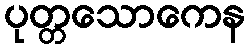
ပုတ္တသောကေန